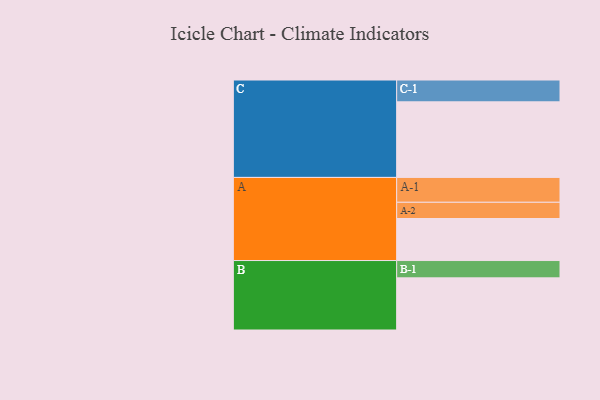
{"axis": {"x": "Segment", "y": "Value"}, "legend": ["", "A", "B", "C"], "data": [{"x": "A", "y": 308, "type": ""}, {"x": "B", "y": 382, "type": ""}, {"x": "C", "y": 554, "type": ""}, {"x": "A-1", "y": 182, "type": "A"}, {"x": "A-2", "y": 119, "type": "A"}, {"x": "B-1", "y": 127, "type": "B"}, {"x": "C-1", "y": 160, "type": "C"}]}